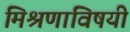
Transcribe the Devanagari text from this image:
मिश्रणाविषयी